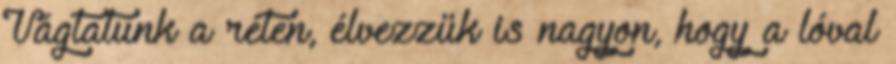
Vágtatunk a réten, élvezzük is nagyon, hogy a lóval